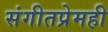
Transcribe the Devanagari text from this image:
संगीतप्रेमही